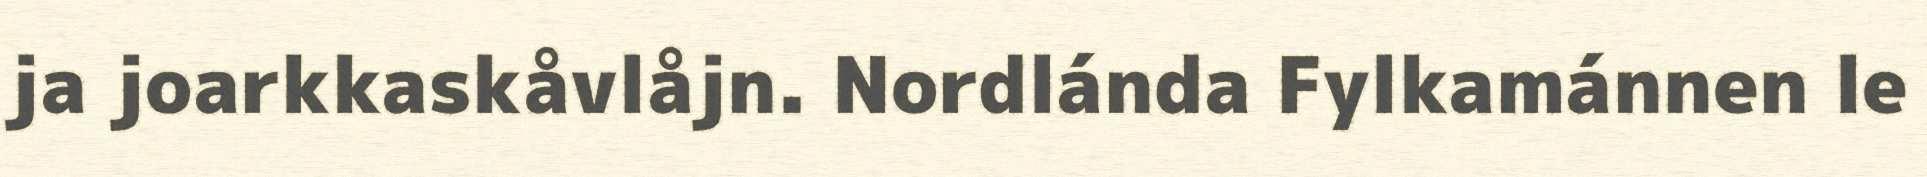
ja joarkkaskåvlåjn. Nordlánda Fylkamánnen le